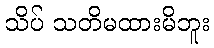
သိပ် သတိမထားမိဘူး